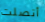
أتصلت